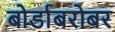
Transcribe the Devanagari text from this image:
बोर्डाबरोबर